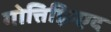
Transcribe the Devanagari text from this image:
गोत्तिफ़्रिएद